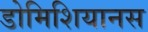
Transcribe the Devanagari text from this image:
डोमिशियानस